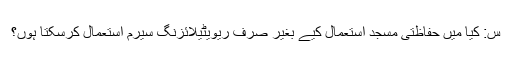
س: کیا میں حفاظتی مسجد استعمال کیے بغیر صرف ریویٹیلائزنگ سیرم استعمال کرسکتا ہوں؟